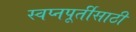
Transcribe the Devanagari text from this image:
स्वप्नपूर्तीसाठी